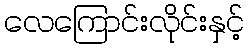
လေကြောင်းလိုင်းနှင့်